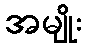
အမျိုး